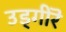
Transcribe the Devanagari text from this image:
उड्गीरॆ